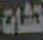
نشات